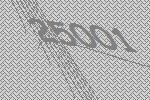
25001